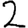
Digit: 2